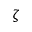
\zeta